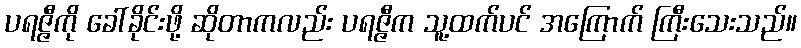
ပရဇ္ဇီကို ခေါ်ခိုင်းဖို့ ဆိုတာကလည်း ပရဇ္ဇီက သူ့ထက်ပင် အကြောက် ကြီးသေးသည်။